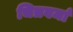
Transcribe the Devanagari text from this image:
चित्रवर्मा